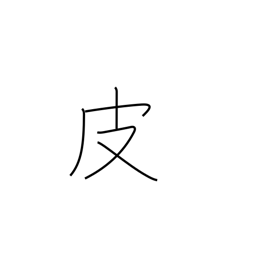
Meaning: leather